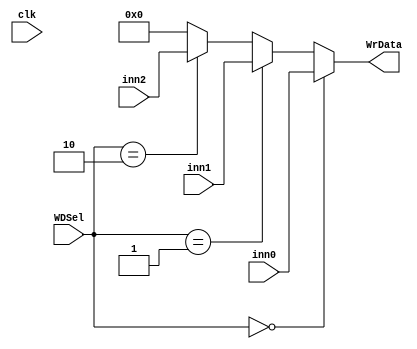
module M2(clk,WDSel,inn0,inn1,inn2,WrData);
  input clk;
  input [1:0]WDSel;
  input [31:0]inn1,inn2,inn0;
  output [31:0]WrData;
  
  assign WrData=
  (WDSel==2'b00)?inn0:
  ((WDSel==2'b01)?inn1:
  (WDSel==2'b10)?inn2:
  32'h00000000);  
  
   
    
endmodule